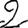
Digit: 2